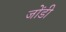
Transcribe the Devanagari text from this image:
जोंडी